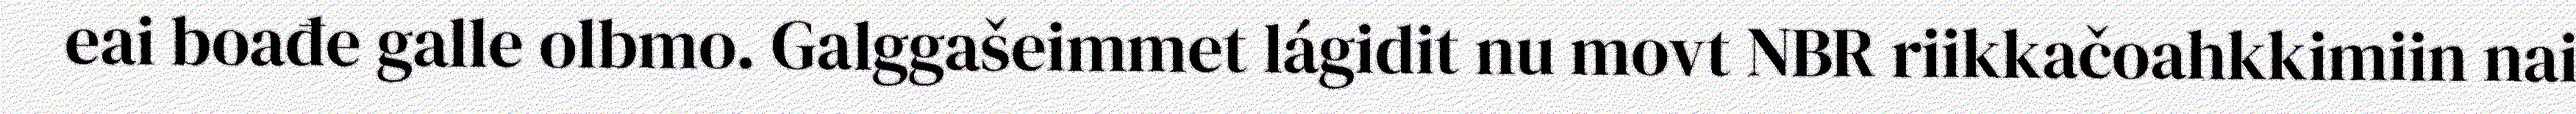
eai boađe galle olbmo. Galggašeimmet lágidit nu movt NBR riikkačoahkkimiin nai